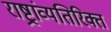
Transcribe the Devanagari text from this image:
राष्ट्रांव्यतिरिक्त